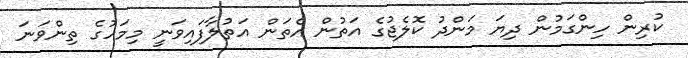
ކުރިން ހިންގަމުން ދިޔަ މަންދު ކޮލެޖުގެ އަތުން އެތަން އަތުލާފައިވަނީ މިމަހުގެ ތިންވަނަ